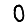
Digit: 0